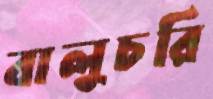
বালুচরি